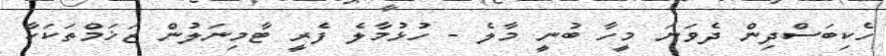
ހެކިބަސްދިން ދެވަނަ މީހާ ބުނީ މާލެ - ހުޅުމާލެ ފެރީ ޓާމިނަލުން ޒަޚަމްތަކަކާ